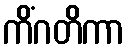
ကိံဂတိကာ